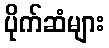
ပိုက်ဆံများ